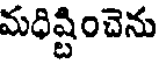
మధిష్టించెను